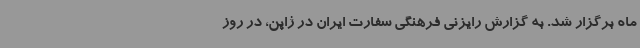
ماه برگزار شد. به گزارش رایزنی فرهنگی سفارت ایران در ژاپن، در روز